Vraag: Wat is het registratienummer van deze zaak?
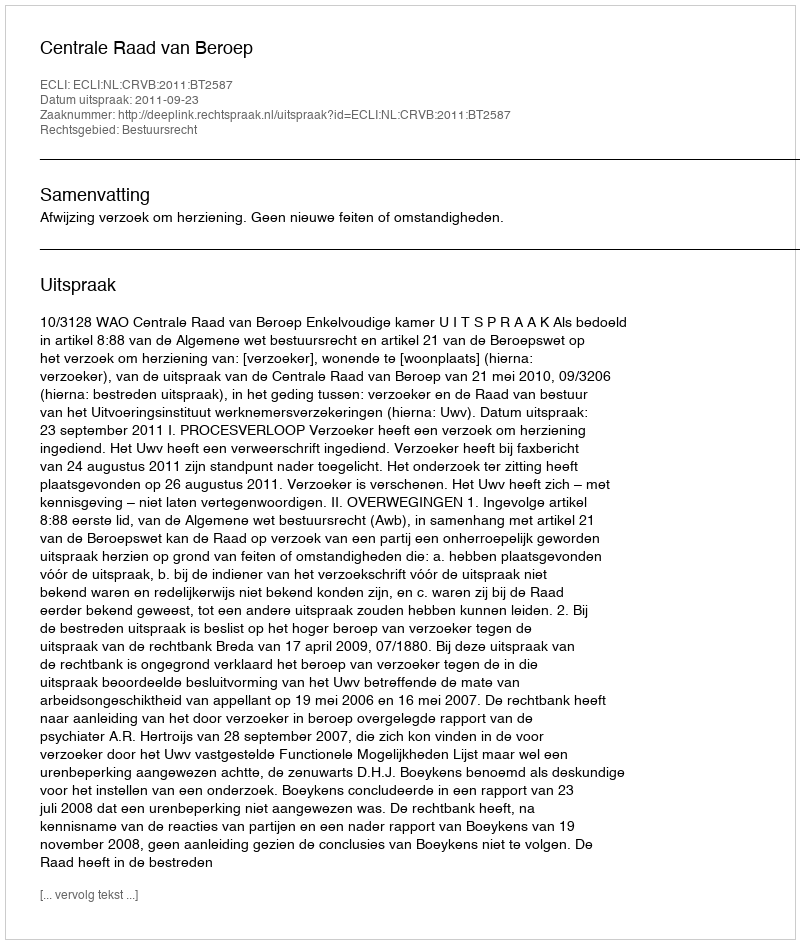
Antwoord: http://deeplink.rechtspraak.nl/uitspraak?id=ECLI:NL:CRVB:2011:BT2587